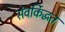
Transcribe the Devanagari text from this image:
संवर्किद्धत